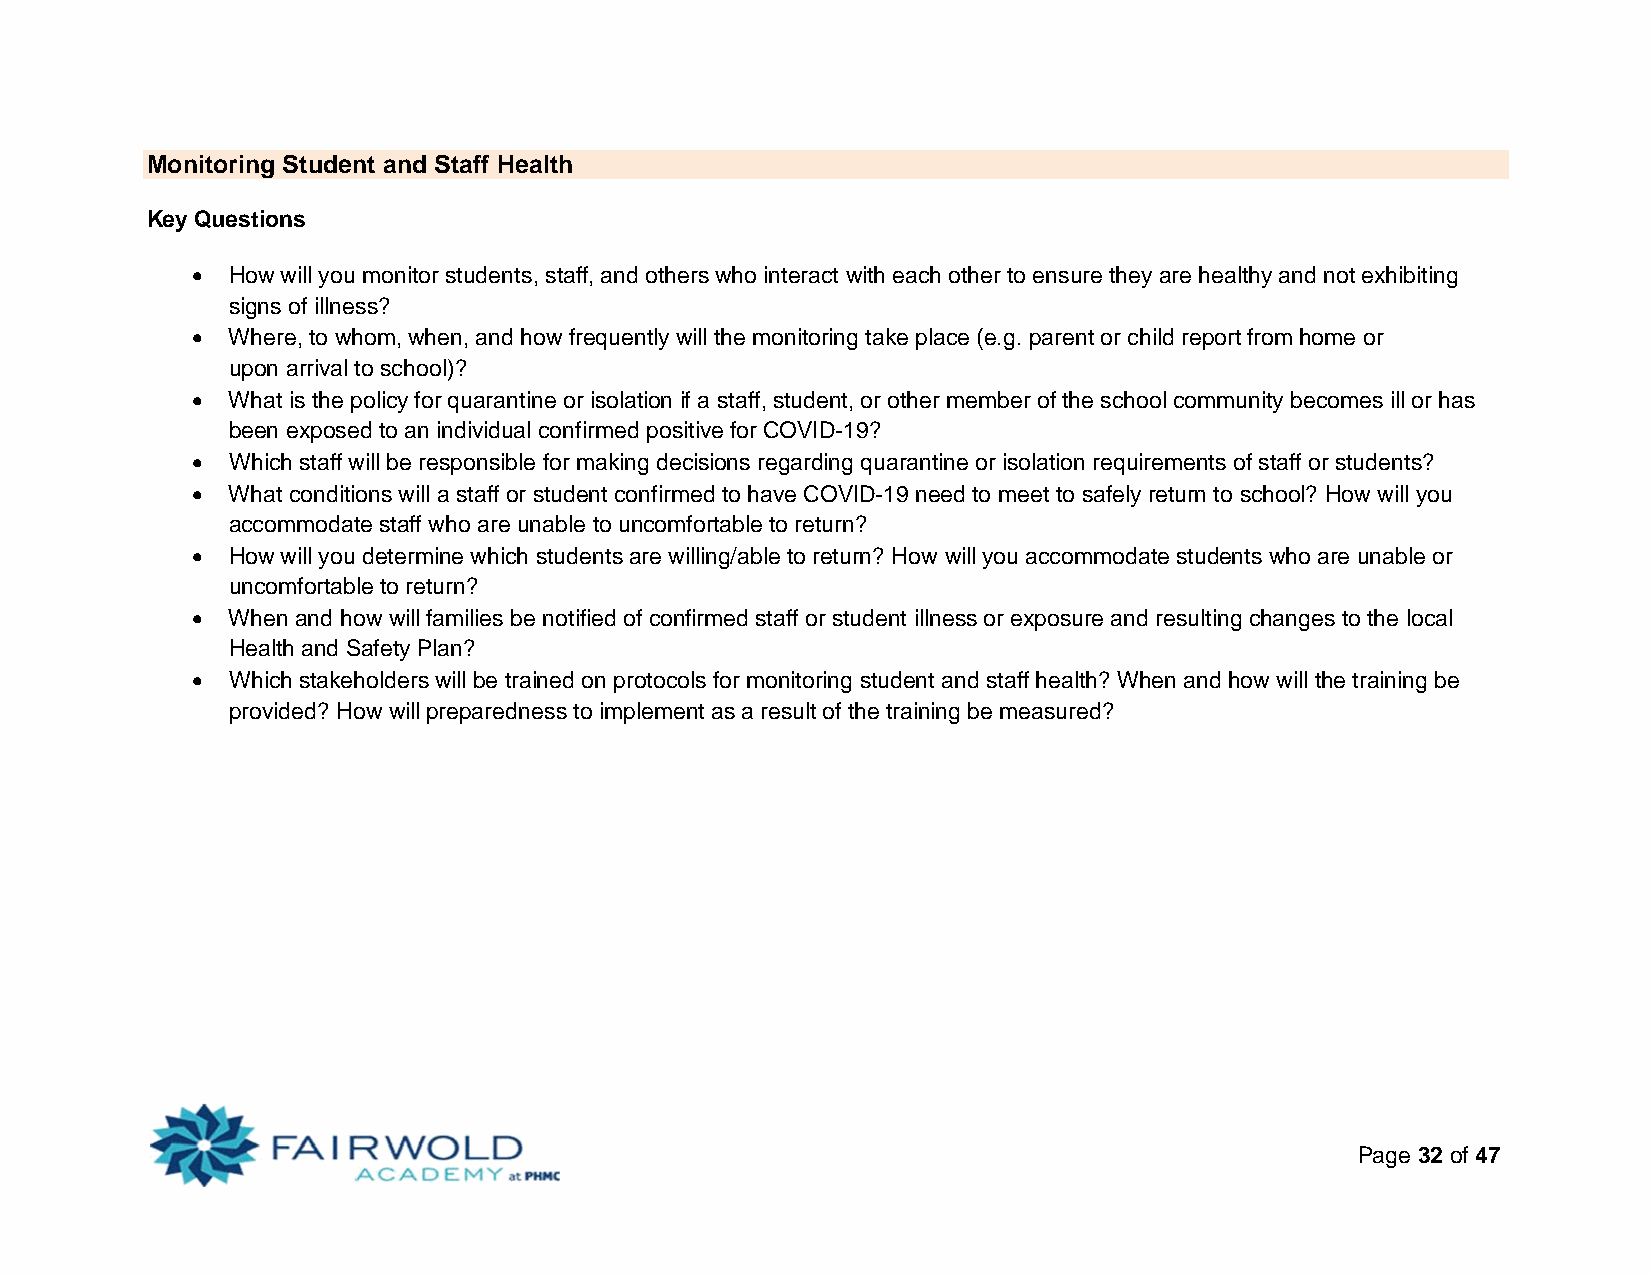
Monitoring Student and Staff Health
 Key Questions
  How will you monitor students, staff, and others who interact with each other to ensure they are healthy and not exhibiting
 signs of illness?
  Where, to whom, when, and how frequently will the monitoring take place (e.g. parent or child report from home or
 upon arrival to school)?
  What is the policy for quarantine or isolation if a staff, student, or other member of the school community becomes ill or has
 been exposed to an individual confirmed positive for COVID-19?
  Which staff will be responsible for making decisions regarding quarantine or isolation requirements of staff or students?
  What conditions will a staff or student confirmed to have COVID-19 need to meet to safely return to school? How will you
 accommodate staff who are unable to uncomfortable to return?
  How will you determine which students are willing/able to return? How will you accommodate students who are unable or
 uncomfortable to return?
  When and how will families be notified of confirmed staff or student illness or exposure and resulting changes to the local
 Health and Safety Plan?
  Which stakeholders will be trained on protocols for monitoring student and staff health? When and how will the training be
 provided? How will preparedness to implement as a result of the training be measured?
 Page 32 of 47